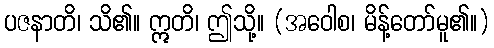
ပဇနာတိ၊ သိ၏။ ဣတိ၊ ဤသို့။ (အဝေါစ၊ မိန့်တော်မူ၏။)